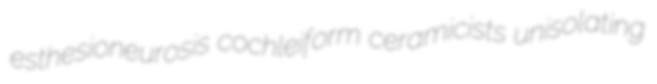
esthesioneurosis cochleiform ceramicists unisolating